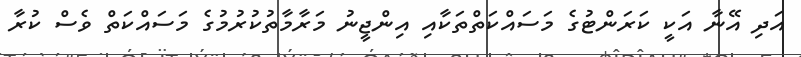
އަދި އޭނާ އަކީ ކަރަންޓުގެ މަސައްކަތްތަކާއި އިންޖީނު މަރާމާތުކުރުމުގެ މަސައްކަތް ވެސް ކުރާ